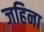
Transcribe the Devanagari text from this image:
जहिना